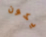
يكون